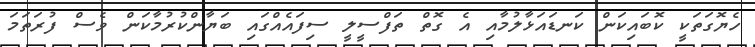
ހެޔޮގަތަކީ ކޮބައިކަން ކަނޑައަޅާލުމާއި އެ ގޮތް ތަފްސީލީ ސިފައެއްގައި ބަޔާންކުރުމާކަން ވެސް ފުރަތަމަ